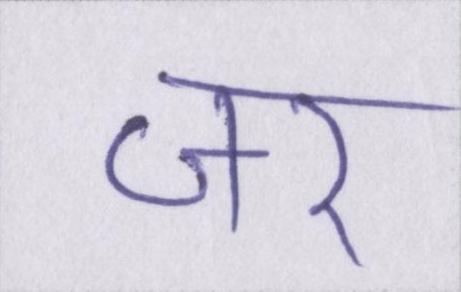
जर